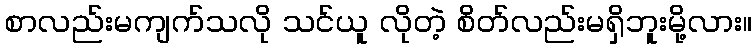
စာလည်းမကျက်သလို သင်ယူ လိုတဲ့ စိတ်လည်းမရှိဘူးမို့လား။